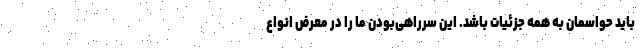
باید حواسمان به همه جزئیات باشد. این سر‌راهی‌بودن ما را در معرض انواع